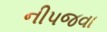
નીપજવા